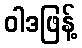
ဝါဒဖြန့်